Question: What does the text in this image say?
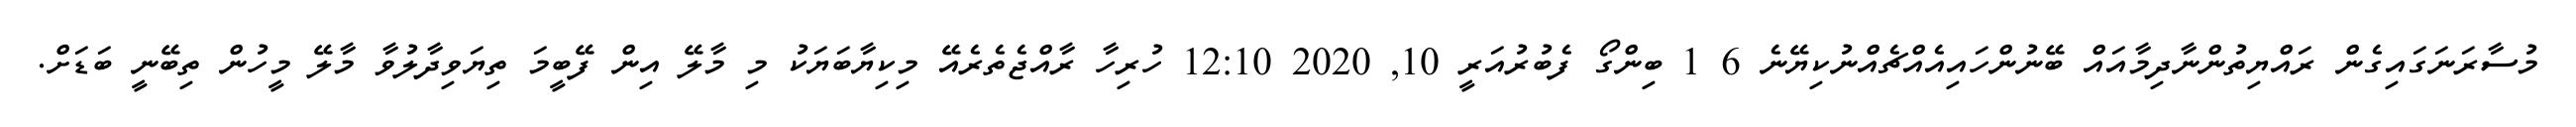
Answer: މުސާރަނަގައިގެން ރައްޔިތުންނާދިމާއައް ބޭނުންހައިއެއްޗެއްނުކިޔޭނެ 6 1 ބިންގޯ ފެބުރުއަރީ 10, 2020 12:10 ހުރިހާ ރާއްޖެތެރެއޭ މިކިޔާބަޔަކު މި މާލޭ އިން ފޭބީމަ ތިޔަވިދާލުވާ މާލޭ މީހުން ތިބޭނީ ބަޑަށް.